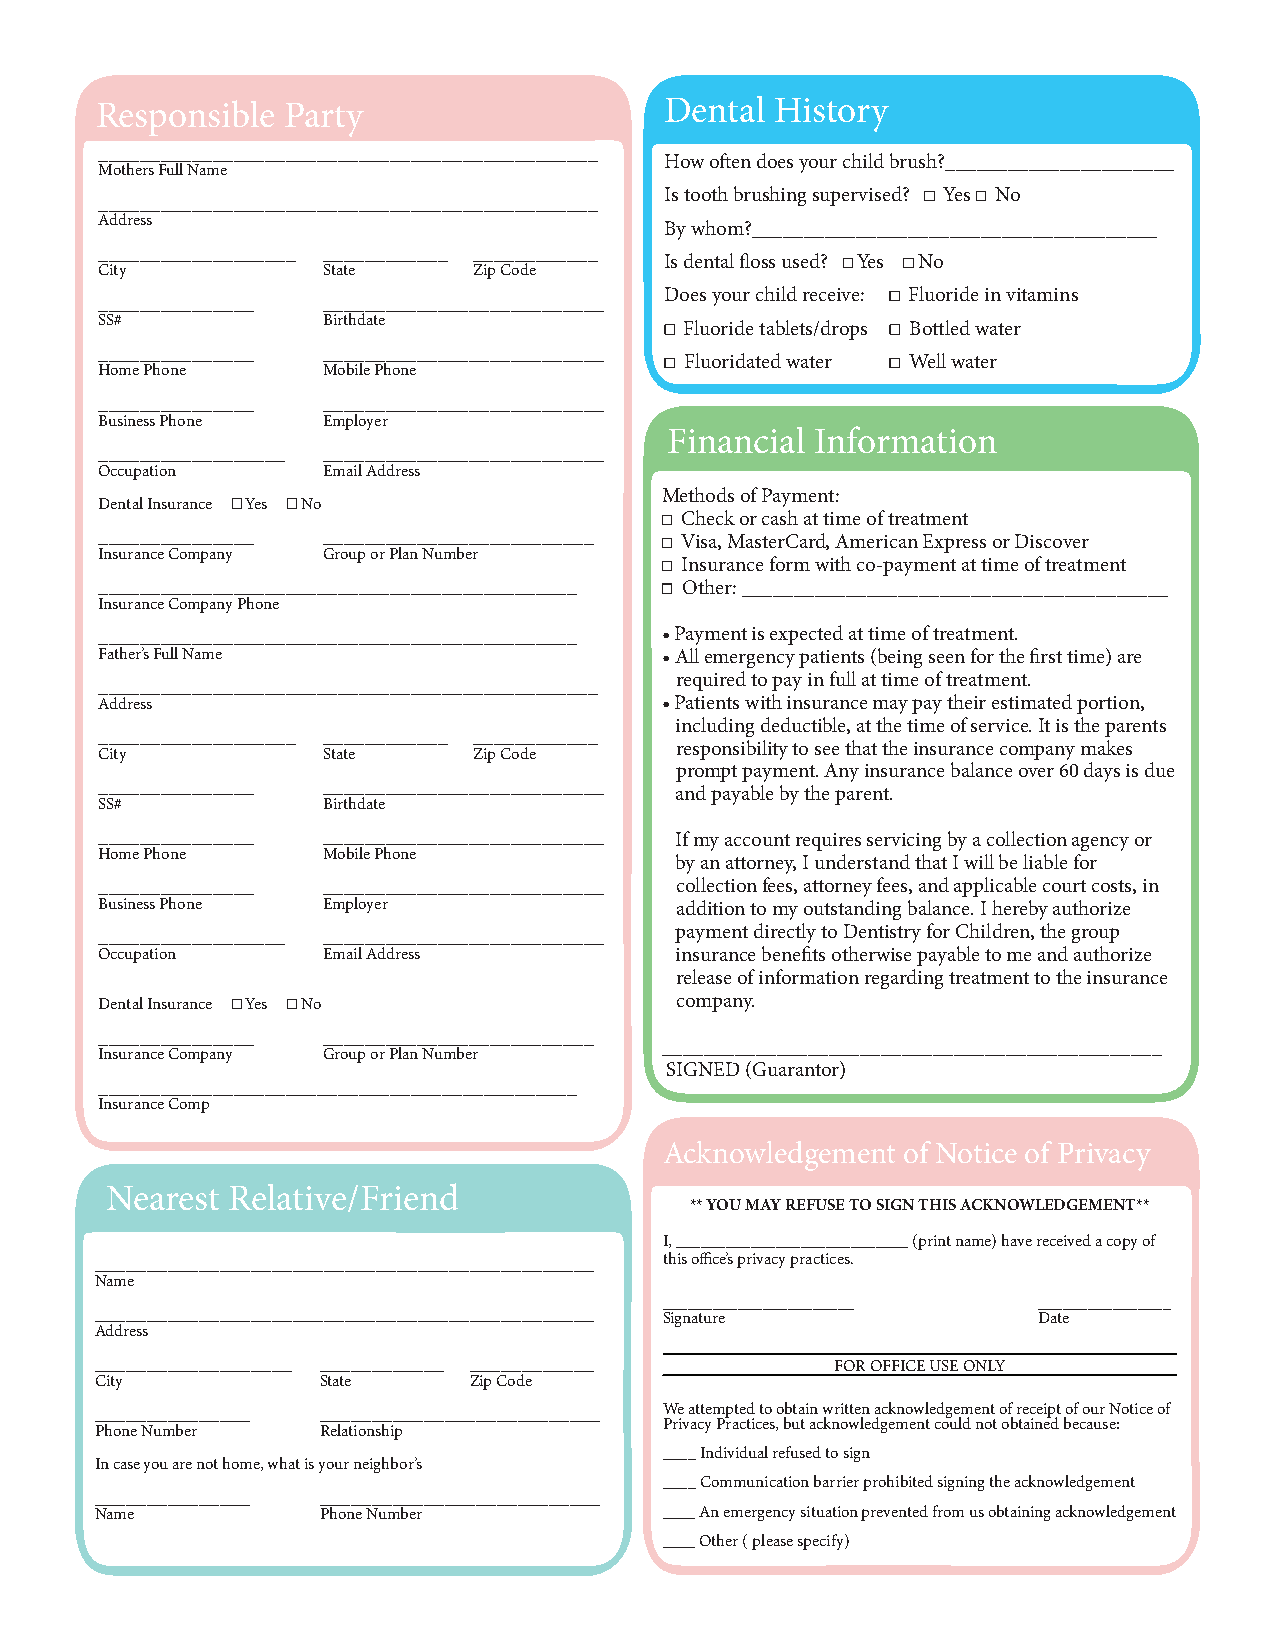
Responsible  Party                    Dental History
 ________________________________________________
 How often does your child brush?______________________
 Mothers Full Name
 ________________________________________________
 Is tooth brushing supervised? Yes No
 Address
 By whom?_______________________________________
 ___________________ ____________ ____________
 Is dental floss used? Yes No
 City           State     Zip Code
 _______________ ___________________________
 Does your child receive: Fluoride in vitamins
 SS#            Birthdate
 Fluoride tablets/drops Bottled water
 _______________ ___________________________
 Fluoridated water Well water
 Home Phone     Mobile Phone
 _______________ ___________________________
 Business Phone Employer
 Financial Information
 __________________ ___________________________
 Occupation     Email Address
 Methods of Payment:
 Dental Insurance Yes No
 Check or cash at time of treatment
 _______________ __________________________ Visa, MasterCard, American Express or Discover
 Insurance Company Group or Plan Number
 Insurance form with co-payment at time of treatment
 ______________________________________________ Other: _________________________________________
 Insurance Company Phone
 ______________________________________________ • Payment is expected at time of treatment.
 Father’s Full Name                    • All emergency patients (being seen for the first time) are
 required to pay in full at time of treatment.
 ________________________________________________
 Address                               • Patients with insurance may pay their estimated portion,
 including deductible, at the time of service. It is the parents
 ___________________ ____________ ____________
 responsibility to see that the insurance company makes
 City           State     Zip Code
 prompt payment. Any insurance balance over 60 days is due
 _______________ ___________________________
 and payable by the parent.
 SS#            Birthdate
 _______________ ___________________________ If my account requires servicing by a collection agency or
 Home Phone     Mobile Phone
 by an attorney, I understand that I will be liable for
 _______________ ___________________________ collection fees, attorney fees, and applicable court costs, in
 Business Phone Employer                addition to my outstanding balance. I hereby authorize
 __________________ ___________________________ payment directly to Dentistry for Children, the group
 Occupation     Email Address           insurance benefits otherwise payable to me and authorize
 release of information regarding treatment to the insurance
 Dental Insurance Yes No                company.
 _______________ __________________________
 ________________________________________________
 Insurance Company Group or Plan Number
 SIGNED (Guarantor)
 ______________________________________________
 Insurance Comp
 Acknowledgement of Notice of Privacy
 Nearest Relative/Friend
 ** YOU MAY REFUSE TO SIGN THIS ACKNOWLEDGEMENT**
 I, ____________________________ (print name) have received a copy of
 ________________________________________________ this office’s privacy practices.
 Name
 _______________________  ________________
 ________________________________________________ Signature     Date
 Address
 ___________________ ____________ ____________    FOR OFFICE USE ONLY
 City           State     Zip Code
 _______________ ___________________________ We attempted to obtain written acknowledgement of receipt of our Notice of
 Privacy Practices, but acknowledgement could not obtained because:
 Phone Number   Relationship
 ____ Individual refused to sign
 In case you are not home, what is your neighbor’s
 ____ Communication barrier prohibited signing the acknowledgement
 _______________ ___________________________
 Name           Phone Number           ____ An emergency situation prevented from us obtaining acknowledgement
 ____ Other ( please specify)